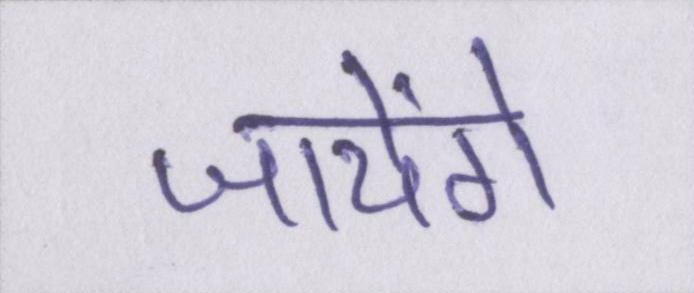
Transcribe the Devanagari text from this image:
जायेंगे